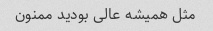
مثل همیشه عالی بودید ممنون